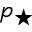
p _ { \star }